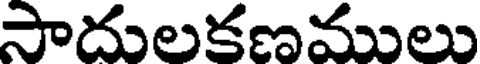
సాదులకణములు